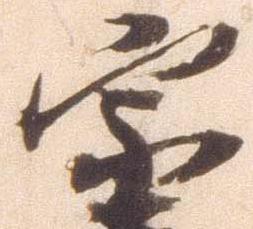
宗